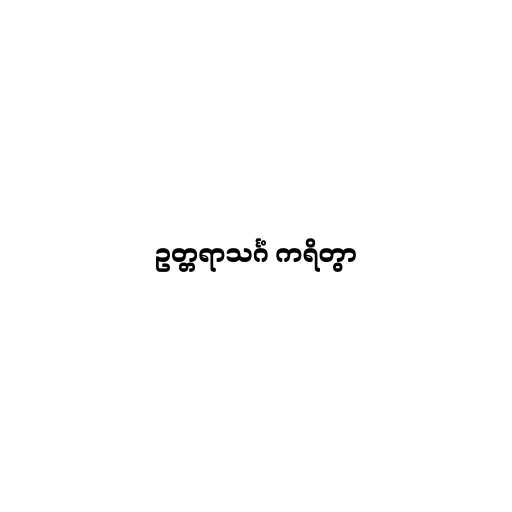
ဥတ္တရာသင်္ဂံ ကရိတွာ